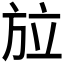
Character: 𭤳